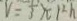
V = \frac { 1 } { 3 } \pi r ^ { 2 } h